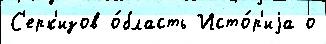
С'ерк'изов о́бласть Исто́р'иjа о